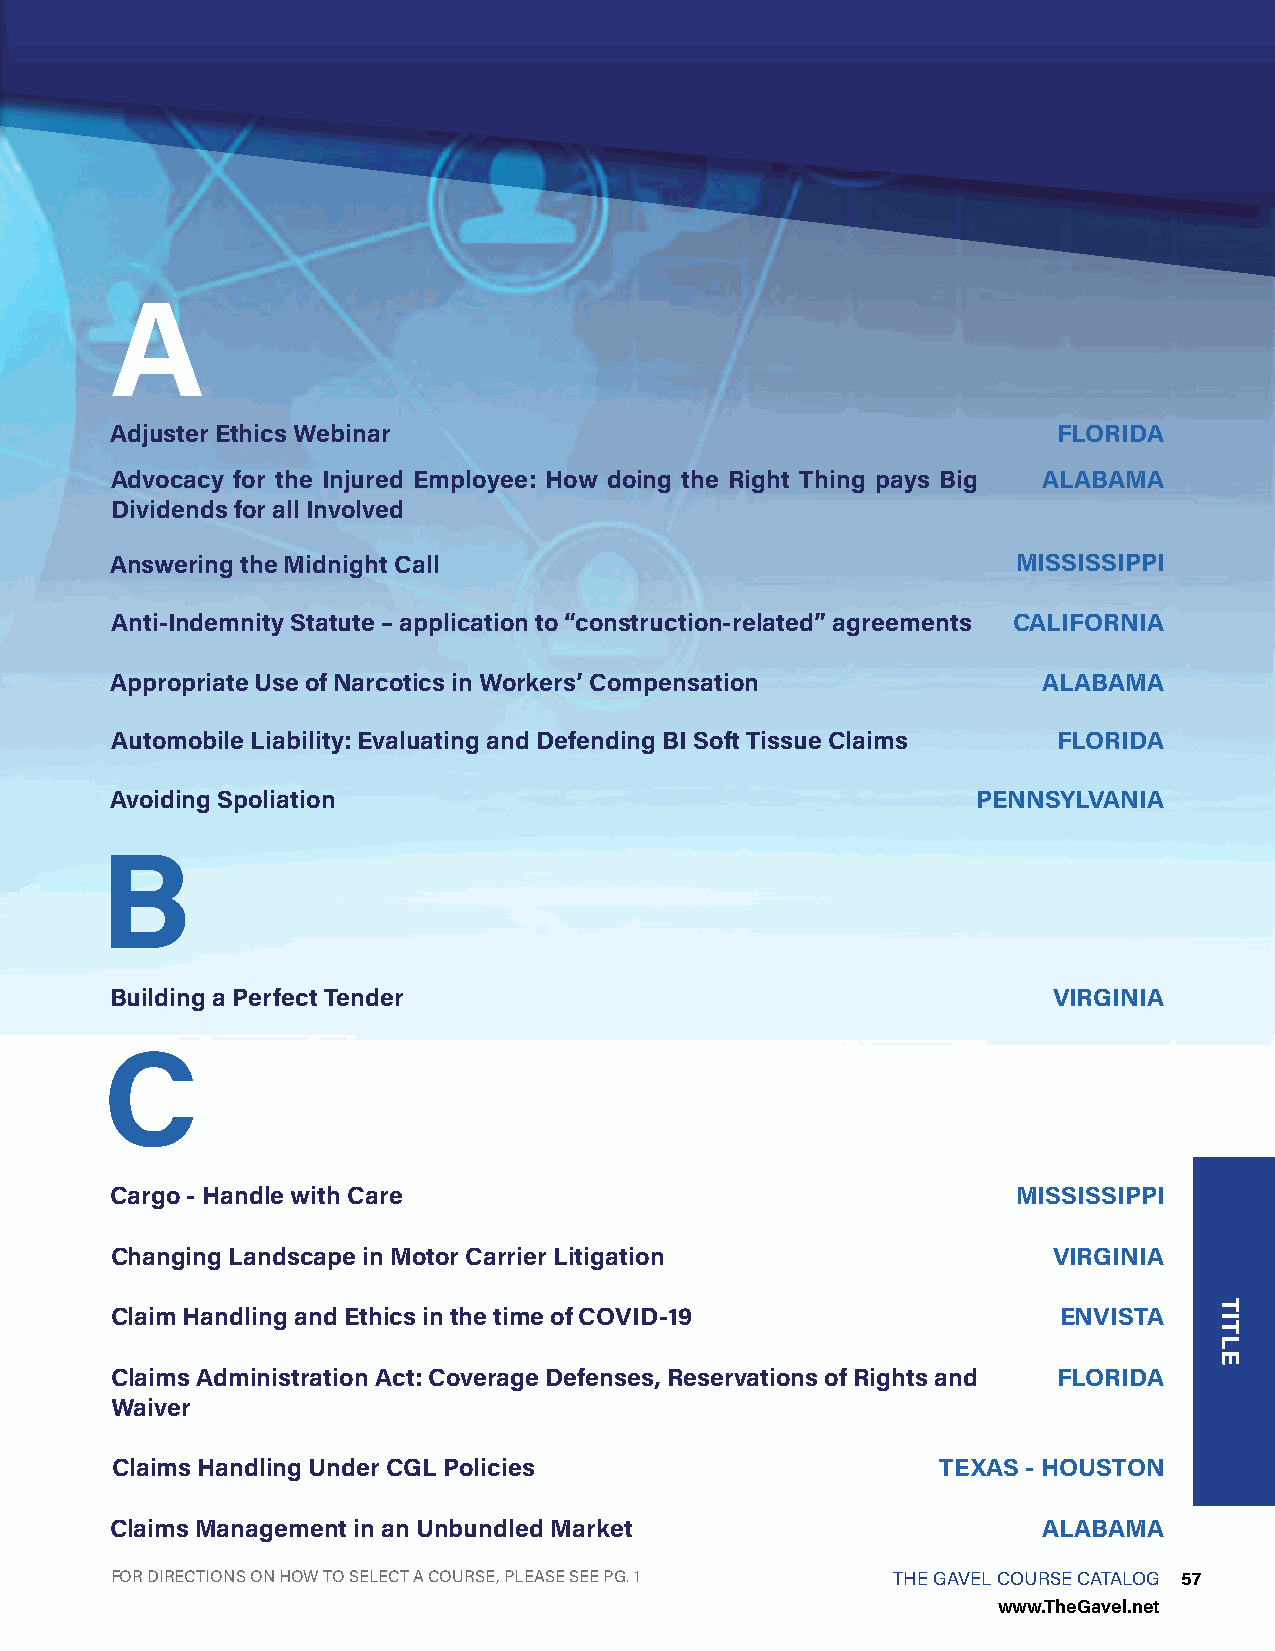
A
 Adjuster Ethics Webinar                                        FLORIDA
 Advocacy for the Injured Employee: How doing the Right Thing pays Big ALABAMA
 Dividends for all Involved
 Answering the Midnight Call                                 MISSISSIPPI
 Anti-Indemnity Statute – application to “construction-related” agreements CALIFORNIA
 Appropriate Use of Narcotics in Workers’ Compensation         ALABAMA
 Automobile Liability: Evaluating and Defending BI Soft Tissue Claims FLORIDA
 Avoiding Spoliation                                       PENNSYLVANIA
 B
 Building a Perfect Tender                                      VIRGINIA
 C
 Cargo - Handle with Care                                    MISSISSIPPI
 Changing Landscape in Motor Carrier Litigation                 VIRGINIA
 Claim Handling and Ethics in the time of COVID-19              ENVISTA
 Claims Administration Act: Coverage Defenses, Reservations of Rights and FLORIDA
 Waiver
 Claims Handling Under CGL Policies                     TEXAS - HOUSTON
 Claims Management in an Unbundled Market                      ALABAMA
 FOR DIRECTIONS ON HOW TO SELECT A COURSE, PLEASE SEE PG. 1 THE GAVEL COURSE CATALOG 57
 www.TheGavel.net
 TITLE